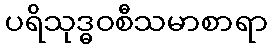
ပရိသုဒ္ဓဝစီသမာစာရာ